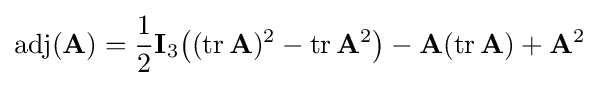
\operatorname {adj} (\mathbf {A} )={\frac {1}{2}}\mathbf {I} _{3}\!\left((\operatorname {tr} \mathbf {A} )^{2}-\operatorname {tr} \mathbf {A} ^{2}\right)-\mathbf {A} (\operatorname {tr} \mathbf {A} )+\mathbf {A} ^{2}